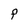
Character: F